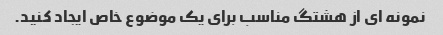
نمونه ای از هشتگ مناسب برای یک موضوع خاص ایجاد کنید.